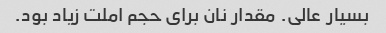
بسیار عالی. مقدار نان برای حجم املت زیاد بود.